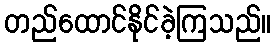
တည်ထောင်နိုင်ခဲ့ကြသည်။